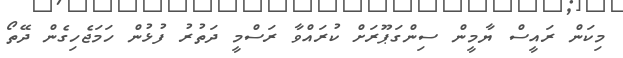
މިކަން ރައީސް ޔާމީން ސިންގަޕޫރަށް ކުރައްވާ ރަސްމީ ދަތުރު ފުޅުން ހަމަޖެހިގެން ދޭތޯ